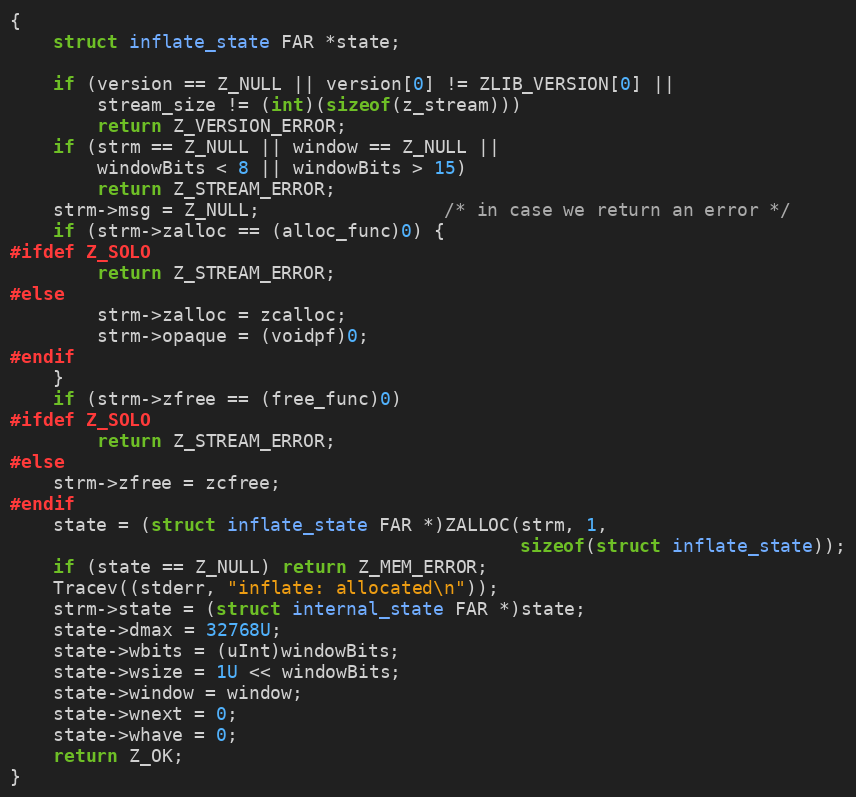
Language: C
{
    struct inflate_state FAR *state;

    if (version == Z_NULL || version[0] != ZLIB_VERSION[0] ||
        stream_size != (int)(sizeof(z_stream)))
        return Z_VERSION_ERROR;
    if (strm == Z_NULL || window == Z_NULL ||
        windowBits < 8 || windowBits > 15)
        return Z_STREAM_ERROR;
    strm->msg = Z_NULL;                 /* in case we return an error */
    if (strm->zalloc == (alloc_func)0) {
#ifdef Z_SOLO
        return Z_STREAM_ERROR;
#else
        strm->zalloc = zcalloc;
        strm->opaque = (voidpf)0;
#endif
    }
    if (strm->zfree == (free_func)0)
#ifdef Z_SOLO
        return Z_STREAM_ERROR;
#else
    strm->zfree = zcfree;
#endif
    state = (struct inflate_state FAR *)ZALLOC(strm, 1,
                                               sizeof(struct inflate_state));
    if (state == Z_NULL) return Z_MEM_ERROR;
    Tracev((stderr, "inflate: allocated\n"));
    strm->state = (struct internal_state FAR *)state;
    state->dmax = 32768U;
    state->wbits = (uInt)windowBits;
    state->wsize = 1U << windowBits;
    state->window = window;
    state->wnext = 0;
    state->whave = 0;
    return Z_OK;
}